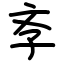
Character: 斈